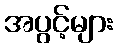
အပွင့်များ